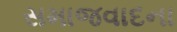
સમાજવાદના